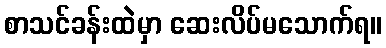
စာသင်ခန်းထဲမှာ ဆေးလိပ်မသောက်ရ။